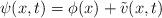
LaTeX: \begin{align*}\psi(x,t)=\phi(x)+\tilde{v}(x,t)\end{align*}